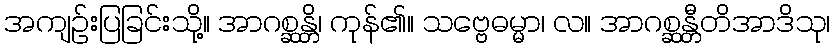
အကျဉ်းပြခြင်းသို့။ အာဂစ္ဆန္တိ၊ ကုန်၏။ သဗ္ဗေဓမ္မာ၊ လ။ အာဂစ္ဆန္တီတိအာဒိသု၊